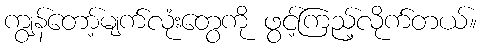
ကျွန်တော့်မျက်လုံးတွေကို ဖွင့်ကြည့်လိုက်တယ်။